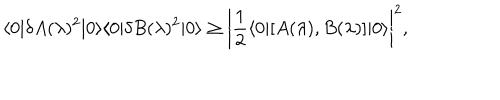
LaTeX: \langle 0 | \delta A ( \lambda ) ^ { 2 } | 0 \rangle \langle 0 | \delta B ( \lambda ) ^ { 2 } | 0 \rangle \geq \left| \frac { 1 } { 2 } \langle 0 | [ A ( \lambda ) , B ( \lambda ) ] | 0 \rangle \right| ^ { 2 } ,